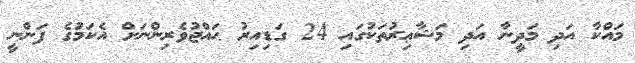
މައްކާ އަދި މަދީނާ އަދި މަޝާޢިރުތަކުގައި 24 ގަޑިއިރު ޙައްޖުވެރިންނަށް އެކަމުގެ ފަންނީ